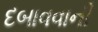
દબાવવાની